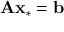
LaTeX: \mathbf { A x _ { * } } = \mathbf { b }